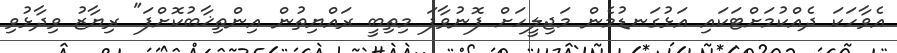
އެވާހަކަ ދެއްކުމަށްޓަކައި އަޅުގަނޑުމެން މަޖިލީހަށް ފޮނުވާފަ މިތިބީ ރައްޔިތުން އިންތިޚާބުކޮށްފަ" ރިޔާޒު ވިދާޅުވި